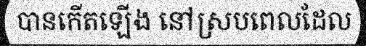
បានកើតឡើង នៅស្របពេលដែល